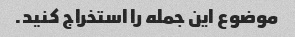
موضوع این جمله را استخراج کنید.